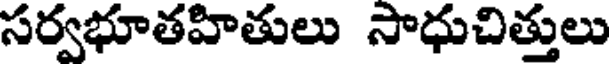
సర్వభూతహితులు సాధుచిత్తులు